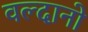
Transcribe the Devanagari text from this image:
वल्दानो